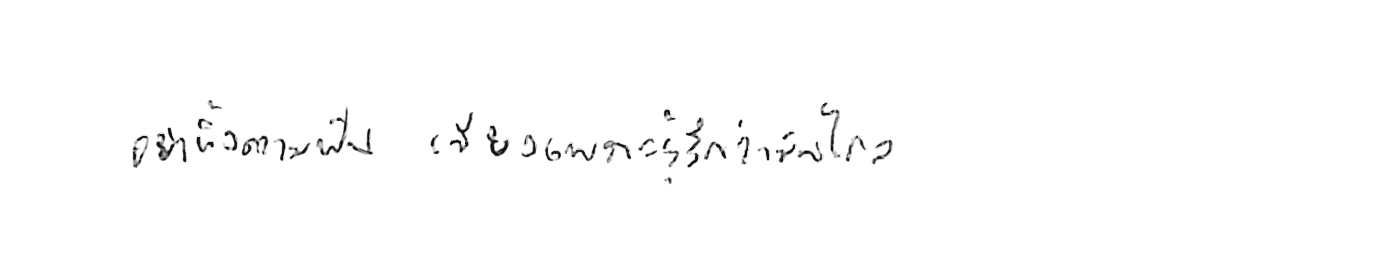
อย่าทิ้งความฝัน เพียงเพราะรู้สึกว่ามันไกล